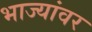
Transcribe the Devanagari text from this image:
भाज्यांवर